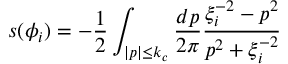
s ( \phi _ { i } ) = - \frac { 1 } { 2 } \int _ { | p | \le k _ { c } } \frac { d p } { 2 \pi } \frac { \xi _ { i } ^ { - 2 } - p ^ { 2 } } { p ^ { 2 } + \xi _ { i } ^ { - 2 } }